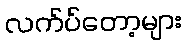
လက်ပ်တော့များ